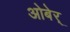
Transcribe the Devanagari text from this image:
ओबेर्